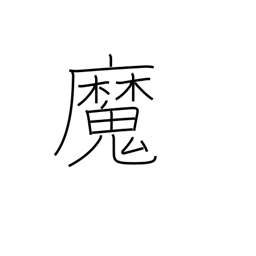
Meaning: witch